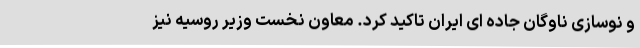
و نوسازی ناوگان جاده ای ایران تاکید کرد. معاون نخست وزیر روسیه نیز